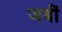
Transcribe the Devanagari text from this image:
जबीं